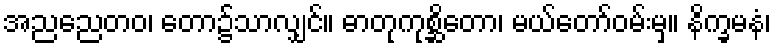
အညညေတဝ၊ တော၌သာလျှင်။ ဓာတုကုစ္ဆိတော၊ မယ်တော်ဝမ်းမှ။ နိက္ခမနံ၊